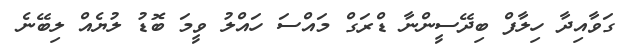
ގަވާއިދާ ހިލާފް ބިދޭސީންނާ ޑްރަގް މައްސަ ހައްލު ވީމަ ބޮޑު ލުޔެއް ލިބޭނެ